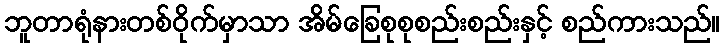
ဘူတာရုံနားတစ်ဝိုက်မှာသာ အိမ်ခြေစုစုစည်းစည်းနှင့် စည်ကားသည်။